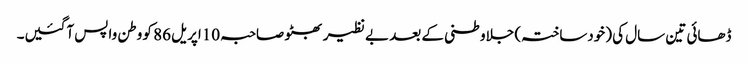
ڈھائی تین سال کی (خودساختہ) جلاوطنی کے بعد بے نظیر بھٹو صاحبہ 10اپریل 86 کو وطن واپس آگئیں۔